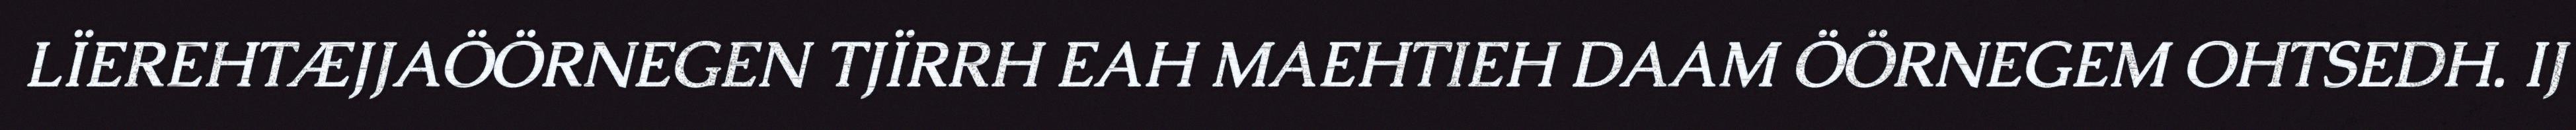
LÏEREHTÆJJAÖÖRNEGEN TJÏRRH EAH MAEHTIEH DAAM ÖÖRNEGEM OHTSEDH. IJ